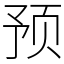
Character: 预